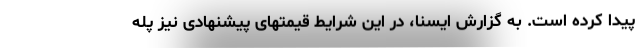
پیدا کرده است. به گزارش ایسنا، در این شرایط قیمتهای پیشنهادی نیز پله